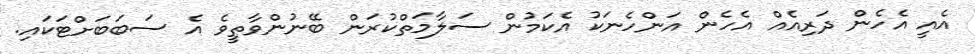
އެއީ އެހެން ދަރިއެއް އެހެން އަންހެނަކު އެކަމުން ސަލާމަތްކުރަން ބޭނުންވާތީވެ އެ ސަބަބަށްޓަކައި.